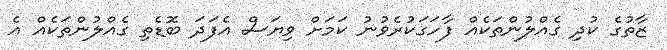
ޒާތުގެ ކުދި ގެއްލުންތަކެއް ފާހަގަކުރެވުނު ކަމަށް ވިޔަސް އެފަދަ ބޮޑެތި ގެއްލުންތަކެއް އެ